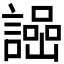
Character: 𧬌